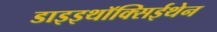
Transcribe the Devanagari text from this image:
डाइइथॉक्सिईथेन